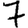
Digit: 7